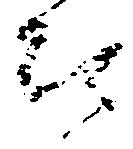
被